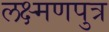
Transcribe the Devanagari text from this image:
लक्ष्मणपुत्र